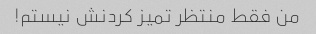
من فقط منتظر تمیز کردنش نیستم!